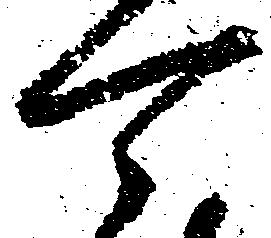
可